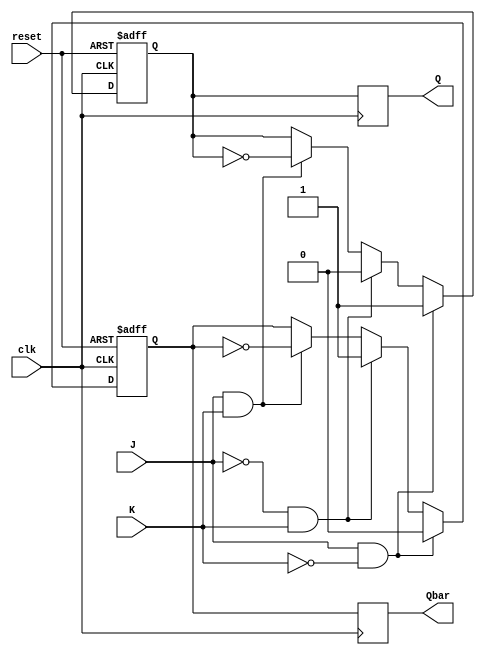
module jk_flipflop (
    input wire clk,
    input wire reset,
    input wire J,
    input wire K,
    output reg Q,
    output reg Qbar
);

reg master_Q, master_Qbar;

always @(posedge clk or negedge reset) begin
    if (reset == 1'b0) begin
        master_Q <= 1'b0;
        master_Qbar <= 1'b1;
    end else begin
        if (J == 1'b1 && K == 1'b0) begin
            master_Q <= 1'b1;
            master_Qbar <= 1'b0;
        end else if (J == 1'b0 && K == 1'b1) begin
            master_Q <= 1'b0;
            master_Qbar <= 1'b1;
        end else if (J == 1'b1 && K == 1'b1) begin
            master_Q <= ~master_Q;
            master_Qbar <= ~master_Qbar;
        end
    end
end

always @(posedge clk) begin
    Q <= master_Q;
    Qbar <= master_Qbar;
end

endmodule